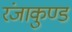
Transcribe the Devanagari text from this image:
रंजाकुण्ड